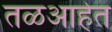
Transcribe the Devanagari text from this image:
तळआहेत